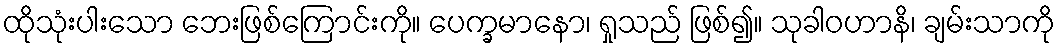
ထိုသုံးပါးသော ဘေးဖြစ်ကြောင်းကို။ ပေက္ခမာနော၊ ရှုသည် ဖြစ်၍။ သုခါဝဟာနိ၊ ချမ်းသာကို